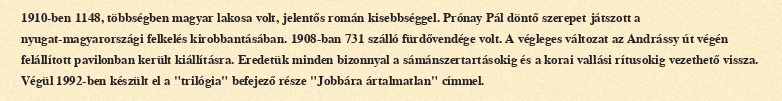
1910-ben 1148, többségben magyar lakosa volt, jelentős román kisebbséggel. Prónay Pál döntő szerepet játszott a nyugat-magyarországi felkelés kirobbantásában. 1908-ban 731 szálló fürdővendége volt. A végleges változat az Andrássy út végén felállított pavilonban került kiállításra. Eredetük minden bizonnyal a sámánszertartásokig és a korai vallási rítusokig vezethető vissza. Végül 1992-ben készült el a "trilógia" befejező része "Jobbára ártalmatlan" címmel.